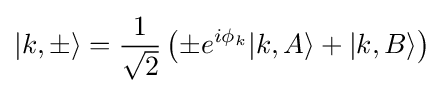
|k,\pm \rangle ={\frac {1}{\sqrt {2}}}\left(\pm e^{i\phi _{k}}|k,A\rangle +|k,B\rangle \right)